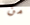
من